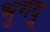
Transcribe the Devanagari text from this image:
भुगदू